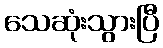
သေဆုံးသွားပြီ